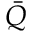
\bar { Q }